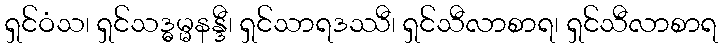
ရှင်ဝံသ၊ ရှင်သဒ္ဓမ္မနန္ဒီ၊ ရှင်သာရဒဿီ၊ ရှင်သီလာစာရ၊ ရှင်သီလာစာရ